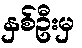
နှစ်ဦးမှ